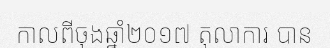
កាលពីចុងឆ្នាំ២០១៧ តុលាការ បាន